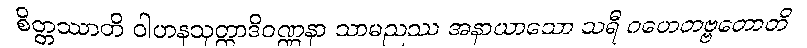
စိတ္တဿာတိ ဝါဟနသုတ္တာဒိဝဏ္ဏနာ သာမညဿ အနာယာသော သရီ ဂဟေတဗ္ဗတောတိ